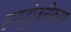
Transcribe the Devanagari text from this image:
हायड्रोजनीकरण